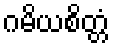
ဂမိယစိတ္တံ